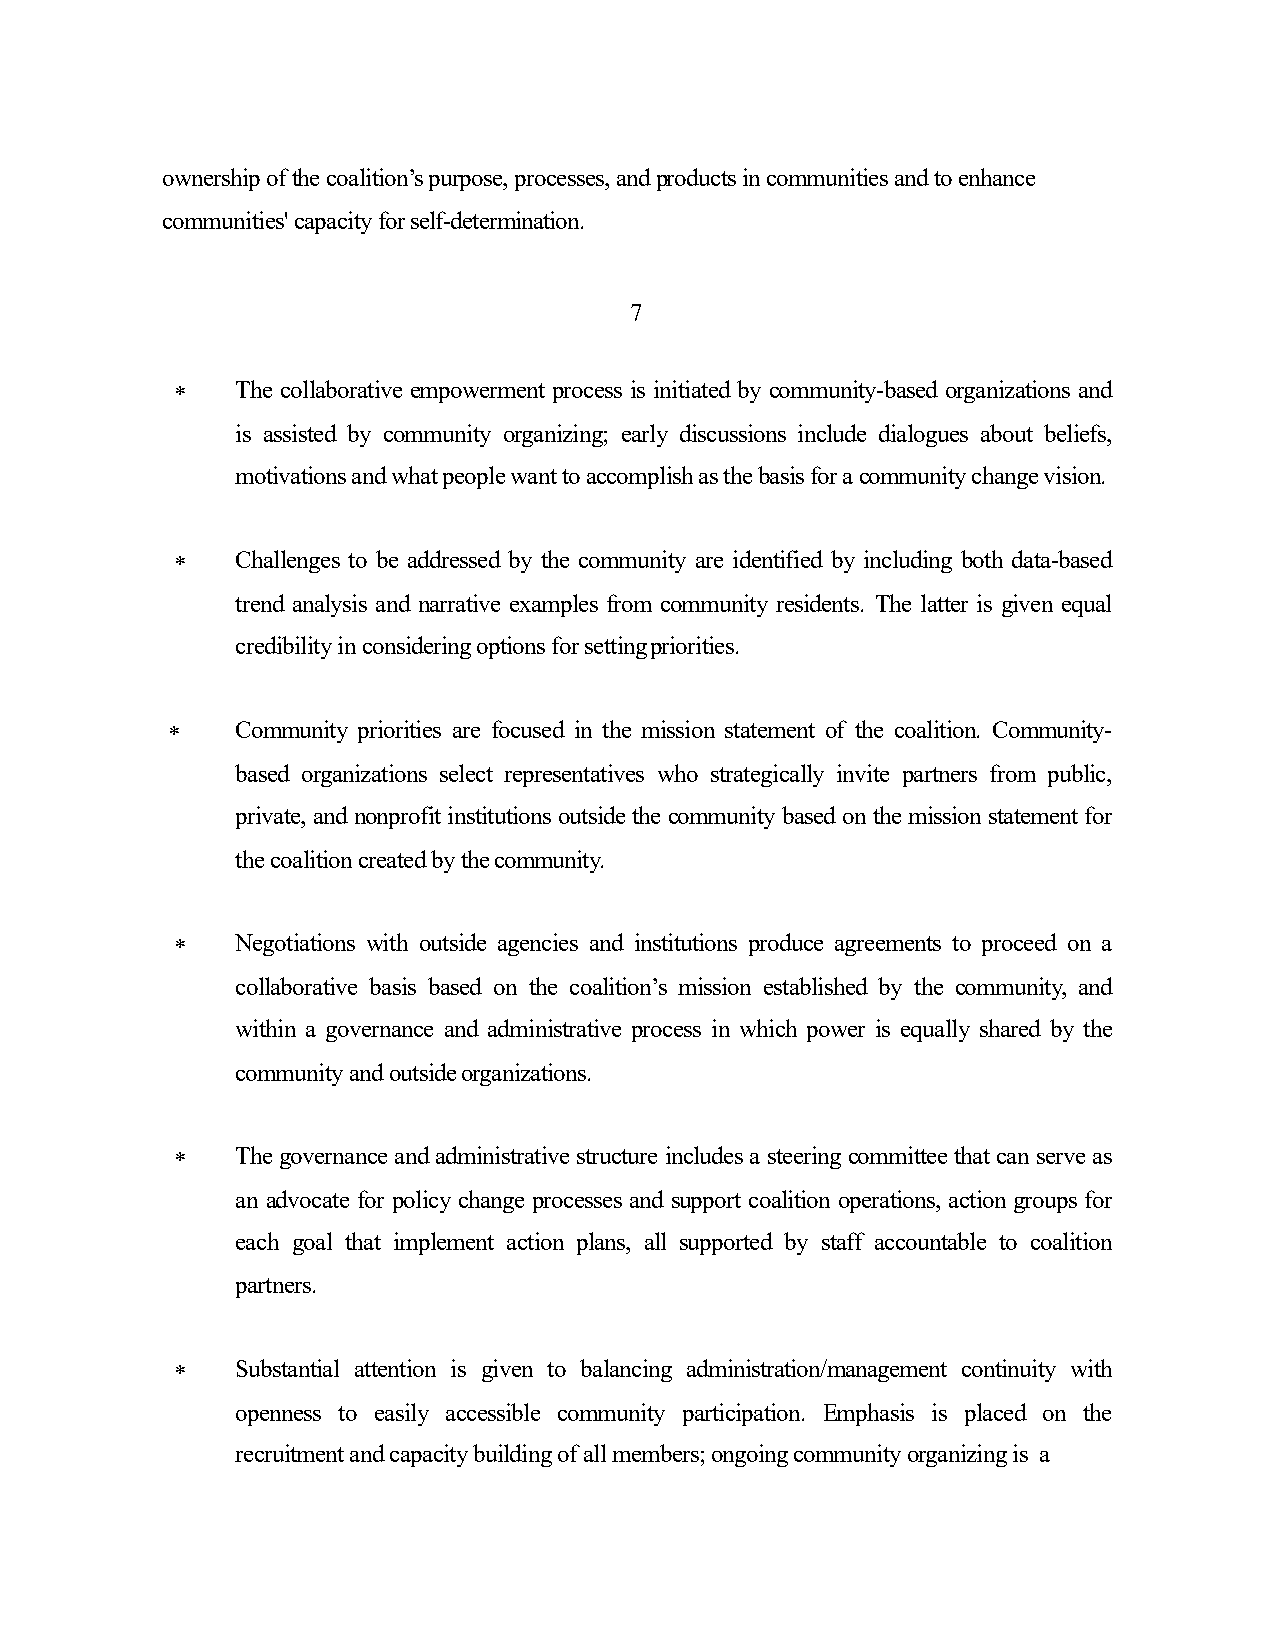
ownership of the coalition’s purpose, processes, and products in communities and to enhance
 communities' capacity forself-determination.
 7
 *   The collaborative empowerment process is initiated by community-based organizations and
 is assisted by community organizing; early discussions include dialogues about beliefs,
 motivationsandwhatpeoplewanttoaccomplishasthebasisforacommunitychangevision.
 *   Challenges to be addressed by the community are identified by including both data-based
 trend analysis and narrative examples from community residents. The latter is given equal
 credibilityinconsideringoptionsforsettingpriorities.
 *    Community priorities are focused in the mission statement of the coalition. Community-
 based organizations select representatives who strategically invite partners from public,
 private,andnonprofitinstitutionsoutsidethecommunitybasedonthemissionstatementfor
 thecoalitioncreatedbythecommunity.
 *   Negotiations with outside agencies and institutions produce agreements to proceed on a
 collaborative basis based on the coalition’s mission established by the community, and
 within a governance and administrative process in which power is equally shared by the
 communityandoutsideorganizations.
 *   Thegovernanceandadministrativestructureincludesa steeringcommitteethat canserveas
 an advocate for policy change processes and support coalition operations, action groups for
 each goal that implement action plans, all supported by staff accountable to coalition
 partners.
 *   Substantial attention is given to balancing administration/management continuity with
 openness to easily accessible community participation. Emphasis is placed on the
 recruitmentandcapacitybuildingofallmembers;ongoingcommunityorganizingis a